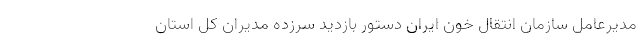
مدیرعامل سازمان انتقال خون ایران دستور بازدید سرزده مدیران کل استان